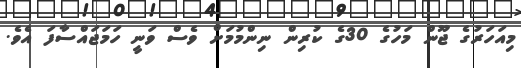
މިއަހަރުގެ ޖޫން މަހުގެ 30ގެ ކުރިން ނިންމުމަށް ވެސް ވަނީ ހަމަޖައްސާފަ އެވެ.